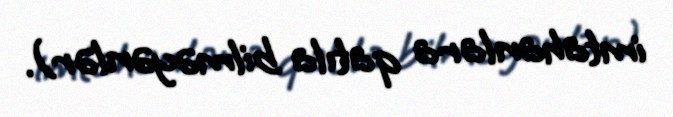
imtahanlara qatıla bilməyənlər).